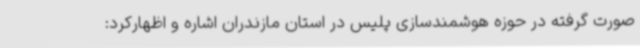
صورت گرفته در حوزه هوشمندسازی پلیس در استان مازندران اشاره و اظهارکرد: